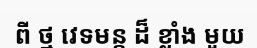
ពី ថ្ម វេទមន្ត ដ៏ ខ្លាំង មួយ